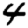
Digit: 4